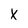
Character: X